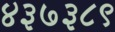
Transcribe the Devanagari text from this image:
४३७३८९